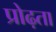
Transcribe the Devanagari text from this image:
प्रोढ़ता